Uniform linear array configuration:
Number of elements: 8
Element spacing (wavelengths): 0.25
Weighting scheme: cosine
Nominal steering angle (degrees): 60
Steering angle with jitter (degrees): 58.707
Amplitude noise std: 0.05
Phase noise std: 0.05

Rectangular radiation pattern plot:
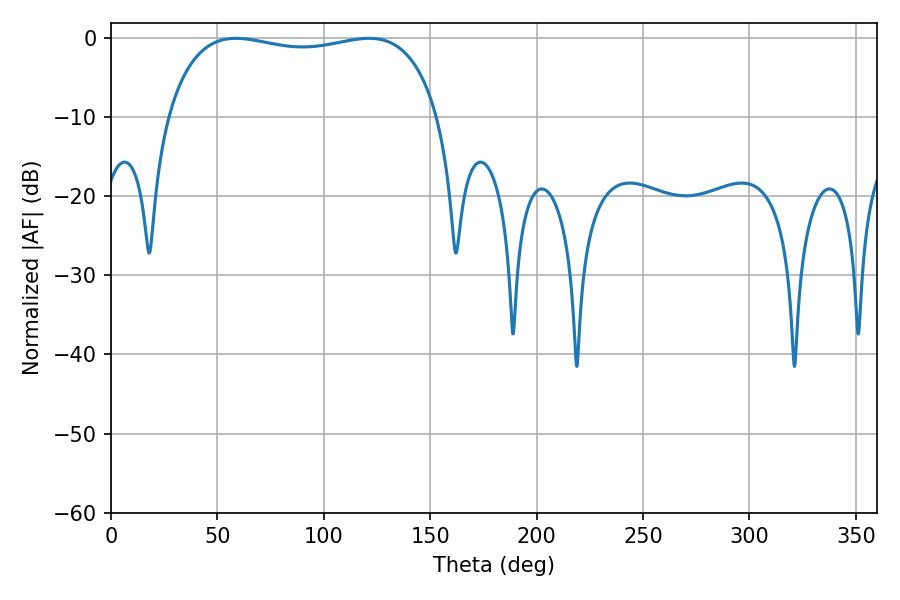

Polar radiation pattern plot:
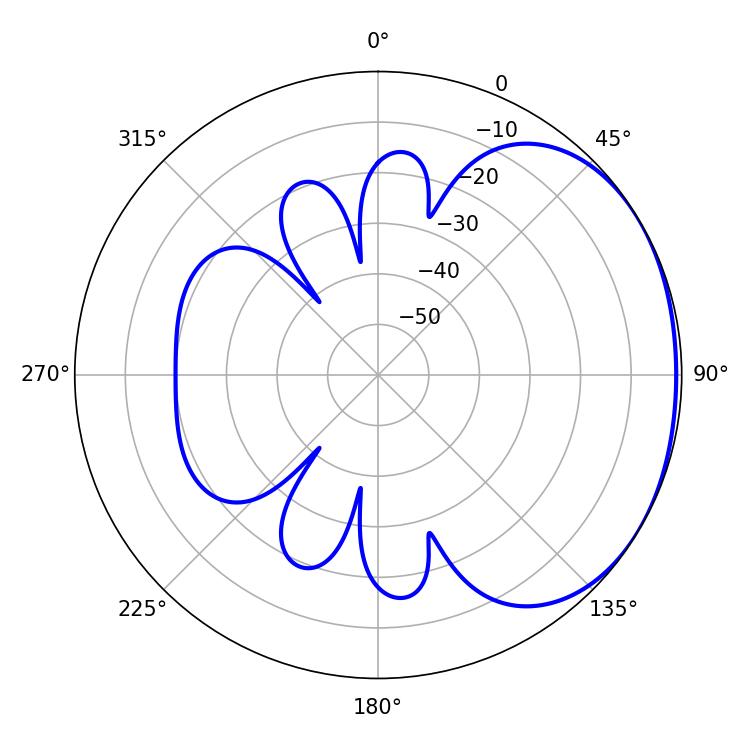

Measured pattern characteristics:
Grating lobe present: FALSE
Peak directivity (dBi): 1.525
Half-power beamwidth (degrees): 103.32
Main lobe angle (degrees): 58.68